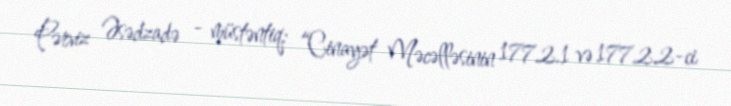
Pərviz Əsədzadə - müstəntiq: “Cinayət Məcəlləsinin 177.2.1 və 177.2.2-ci